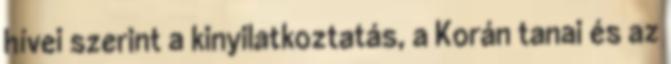
hívei szerint a kinyilatkoztatás, a Korán tanai és az